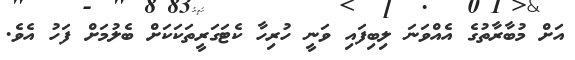
އަށް މުބާރާތުގެ އެއްވަނަ ލިބިފައި ވަނީ ހުރިހާ ކެޓަގަރީތަކަކަށް ބެލުމަށް ފަހު އެވެ.